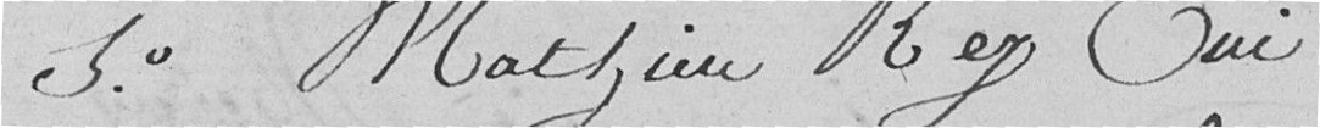
5°. Mathieu Rez oui